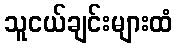
သူငယ်ချင်းများထံ